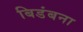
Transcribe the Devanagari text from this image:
बिडंबना